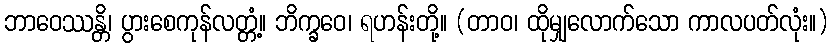
ဘာဝေဿန္တိ၊ ပွားစေကုန်လတ္တံ့။ ဘိက္ခဝေ၊ ရဟန်းတို့။ (တာဝ၊ ထိုမျှလောက်သော ကာလပတ်လုံး။)